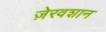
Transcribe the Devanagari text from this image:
ज़ेरवशान